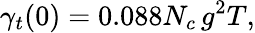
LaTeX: \gamma_{t}(0)=0.088N_{c}\, g^{2}T,